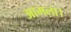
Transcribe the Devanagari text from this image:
आमला।